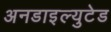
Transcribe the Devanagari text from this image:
अनडाइल्युटेड